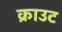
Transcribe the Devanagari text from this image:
क्राउट